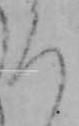
ろ